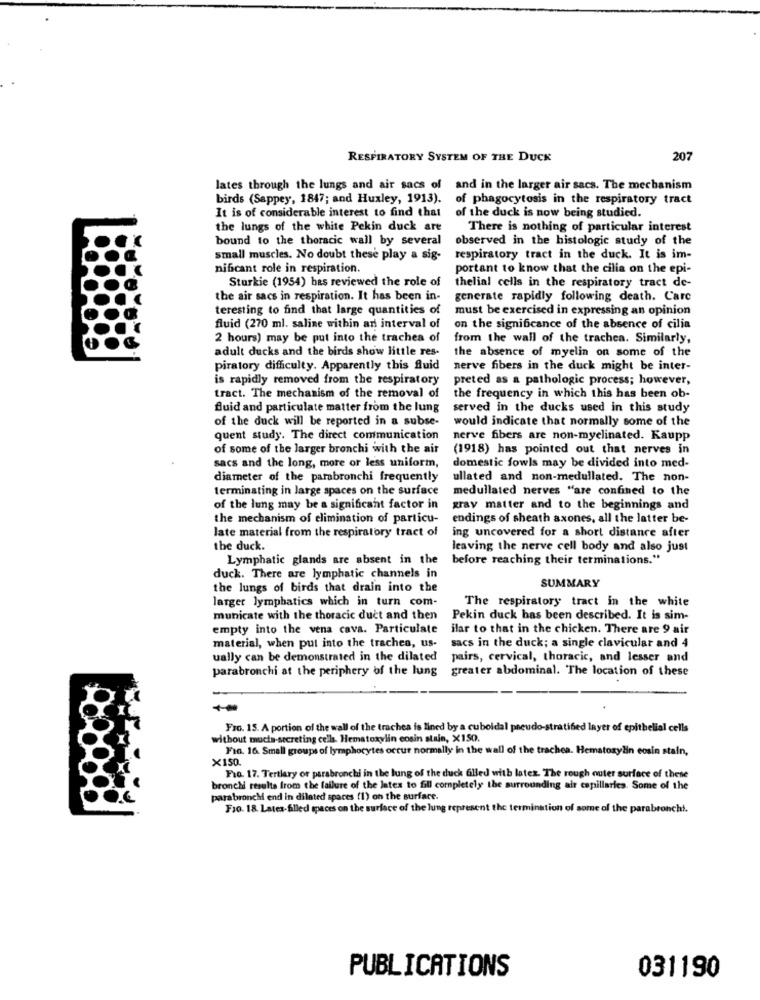
RESPIRATORY SYSTEM OF THE DUCK
207
lates through the lungs and air sacs of and in the larger air sacs. The mechanism
birds (Sappey, 1847; and Huxley, 1913).
of phagocytosis in the respiratory tract
It is of considerable interest to find that
of the duck is now being studied.
the lungs of the white Pekin duck are
There is nothing of particular interest
bound to the thoracic wall by several
observed in the histologic study of the
small muscles. No doubt these play a sig-
respiratory tract in the duck. It is im-
nificant role in respiration.
portant to know that the cilia on the epi-
Sturkie (1954) bas reviewed the role of
thelial cells in the respiratory tract de-
the air sacs in respiration. It has been in-
generate rapidly following death. Carc
teresting to find that large quantities of
must be exercised in expressing an opinion
fluid (270 ml. saline within an interval of
on the significance of the absence of cilia
2 hours) may be put into the trachea of
from the wall of the trachea. Similarly,
adult ducks and the birds show little res-
the absence of myelin on some of the
piratory difficulty. Apparently this fluid
nerve fibers in the duck might be inter-
is rapidly removed from the respiratory
preted as a pathologic process; however,
tract. The mechanism of the removal of
the frequency in which this has been ob-
fluid and particulate matter from the lung
served in the ducks used in this study
of the duck will be reported in a subse-
would indicate that normally some of the
quent study. The direct communication
nerve fibers are non-myelinated. Kaupp
of some of the larger bronchi with the air
(1918) has pointed out that nerves in
sacs and the long, more or less uniform,
domestic fowls may be divided into med-
diameter of the parabronchi frequently
ullated and non-medullated. The non-
terminating in large spaces on the surface
medullated nerves "are confined to the
of the lung may be a significant factor in
gray matter and to the beginnings and
the mechanism of elimination of particu-
endings of sheath axones, all the latter be-
late material from the respiratory tract of
ing uncovered for a short distance after
the duck.
leaving the nerve cell body and also just
Lymphatic glands are absent in the
before reaching their terminations."
duck. There are lymphatic channels in
SUMMARY
the lungs of birds that drain into the
larger lymphatics which in turn com-
The respiratory tract in the white
municate with the thoracic duct and then
Pekin duck has been described. It is sim-
empty into the vena cava. Particulate
ilar to that in the chicken. There are 9 air
material, when put into the trachea, us-
sacs in the duck; a single clavicular and 4
ually can be demonstrated in the dilated
pairs, cervical, thoracic, and lesser and
parabronchi at the periphery of the lung
greater abdominal. The location of these
FIG. 15. A portion of the wall of the trachea is lined by a cuboidal pseudo-stratified layer of epithelial cells
without mucta-secreting cells. Hematoxylin cosin stain, X150.
Fig. 16. Small groups of lymphocytes occur normally in the wall of the trachea. Hematozylin cosin stain,
X150.
Fio. 17. Tertiary or parabronchi in the lung of the duck filled with latex. The rough outer surface of these
bronchi results from the failure of the lates to fill completely the surrounding air capillaries. Some of the
parabronchi end in dilated spaces (1) on the surface.
Fio. 18. Lates- filled spaces on the surface of the lung represent the termination of some of the parabronchi.
PUBLICATIONS
031190